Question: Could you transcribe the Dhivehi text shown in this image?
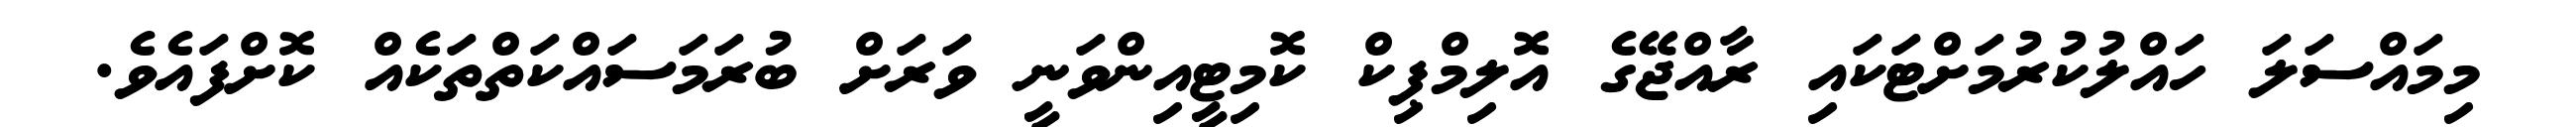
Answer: މިމައްސަލަ ހައްލުކުރުމަށްޓަކައި ރާއްޖޭގެ އޮލިމްޕިކް ކޮމިޓީއިންވަނީ ވަރަށް ބުރަމަސައްކަތްތަކެއް ކޮށްފައެވެ.